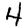
Digit: 4